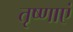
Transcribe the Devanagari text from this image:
तृष्णाएं